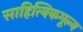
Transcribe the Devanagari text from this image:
साहित्यिकमूल्य